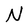
Character: N